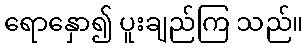
ရောနှော၍ ပူးချည်ကြ သည်။